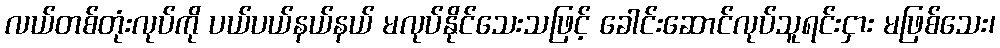
လယ်တစ်တုံးလုပ်ကို ပယ်ပယ်နယ်နယ် မလုပ်နိုင်သေးသဖြင့် ခေါင်းဆောင်လုပ်သူရင်းငှား မဖြစ်သေး၊